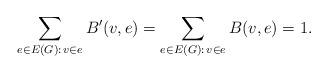
LaTeX: \begin{align*}\sum_{e\in E(G):\,v\in e}B'(v,e)=\sum_{e\in E(G):\,v\in e}B(v,e)=1. \end{align*}